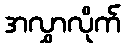
အလွှာလိုက်